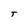
Character: T